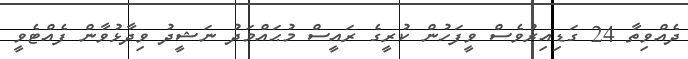
ދެއްވިތާ 24 ގަޑިއިރުވެސް ވީފަހުން ކުރީގެ ރައީސް މުޙައްމަދު ނަޝީދު ވިދާޅުވާން ފެއްޓެވީ